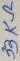
Text: 33KΩ